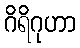
ဂိရိဂုဟာ